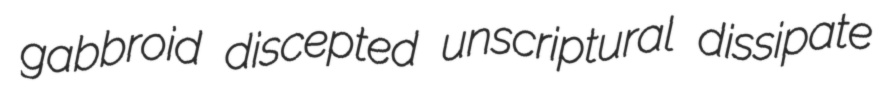
gabbroid discepted unscriptural dissipate